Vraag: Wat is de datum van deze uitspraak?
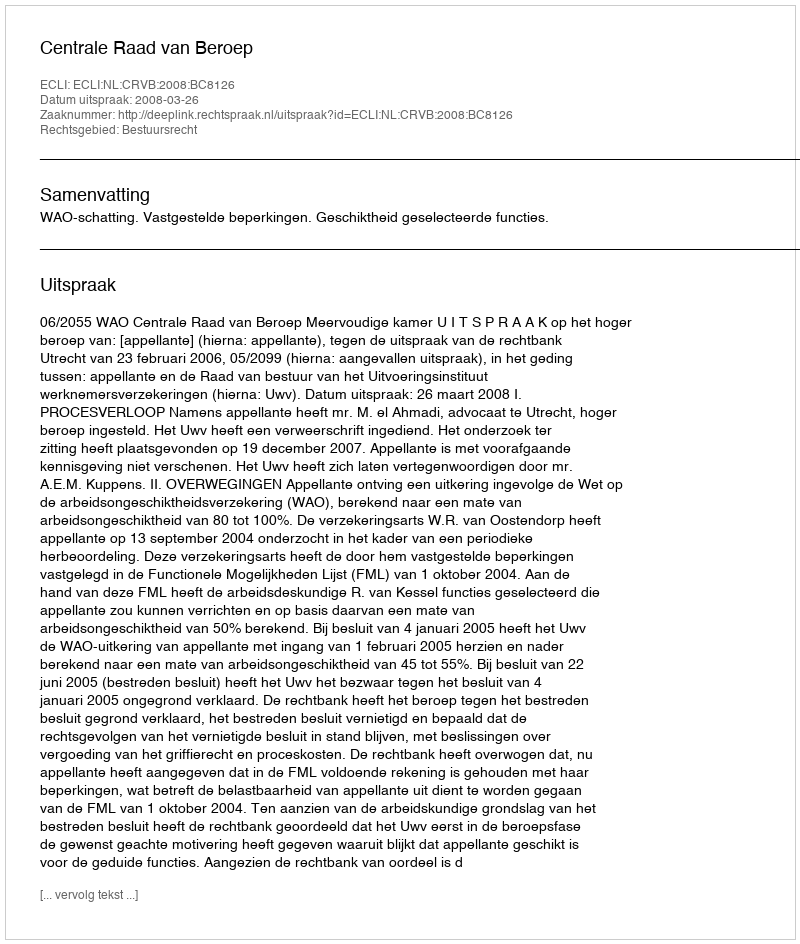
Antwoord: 2008-03-26